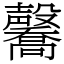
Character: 毊